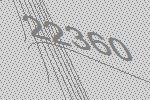
22360